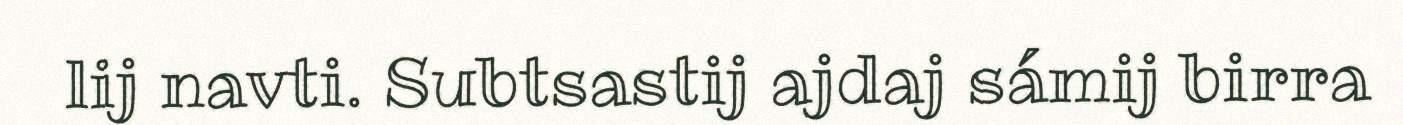
lij navti. Subtsastij ajdaj sámij birra